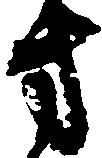
方